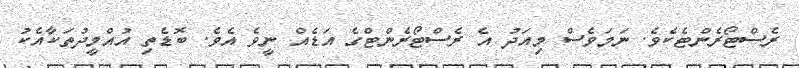
ރެސްޓޯރެންޓެކެވެ. ނަމަވެސް މިއަދު އެ ރެސްޓޯރެންޓްގެ އަޑެއް ނީވެ އެެވެ. ބޮޑެތި އުއްމީދުތަކާއެކު